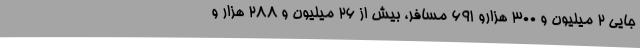
جایی ۲ میلیون و ۳۰۰ هزارو ۶۹۱ مسافر، بیش از ۲۶ میلیون و ۲۸۸ هزار و